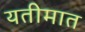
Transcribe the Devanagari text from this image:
यतीमात